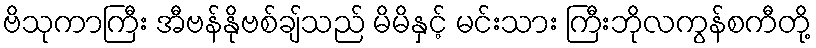
ဗိသုကာကြီး အီဗန်နိုဗစ်ချ်သည် မိမိနှင့် မင်းသား ကြီးဘိုလကွန်စကီတို့